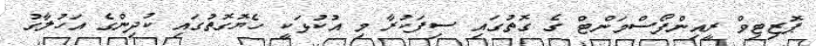
ޕޮޒިޓިވް ރީއިންފޯސްމަންޓް ގެ ގޮތުގައި ސިފަކުރާ މި އުކުޅަކީ ހެޔޮގޮތުގައި ކުދިންގެ އަހުލާގު